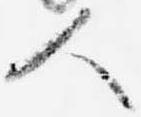
人